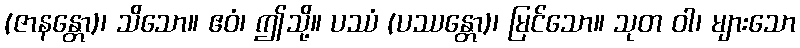
(ဇာနန္တော)၊ သိသော။ ဧဝံ၊ ဤသို့။ ပဿံ (ပဿန္တော)၊ မြင်သော။ သုတ ဝါ၊ များသော